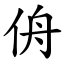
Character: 侜